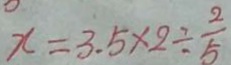
x = 3 . 5 \times 2 \div \frac { 2 } { 5 }